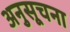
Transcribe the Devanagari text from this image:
अनुसूचना